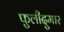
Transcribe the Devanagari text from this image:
फुलीदुमार